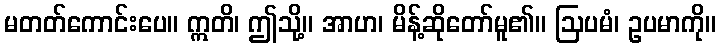
မတတ်ကောင်းပေ။ ဣတိ၊ ဤသို့။ အာဟ၊ မိန့်ဆိုတော်မူ၏။ ဩပမံ၊ ဥပမာကို။